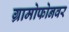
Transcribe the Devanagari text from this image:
ग्रामोफोनवर